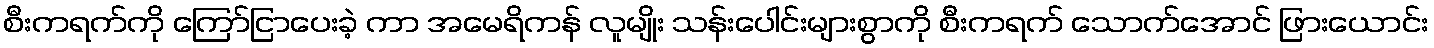
စီးကရက်ကို ကြော်ငြာပေးခဲ့ ကာ အမေရိကန် လူမျိုး သန်းပေါင်းများစွာကို စီးကရက် သောက်အောင် ဖြားယောင်း